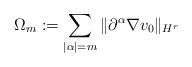
LaTeX: \begin{align*}\Omega_m:= \sum_{|\alpha|=m} \|\partial^\alpha \nabla v_0\|_{H^r} \end{align*}